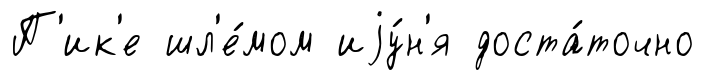
П'ик'е шл'е́мом иjу́н'я доста́точно